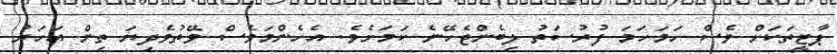
ޕާޓީތަކަށް ވެސް ހަމަހަމަ ފުރުސަތު ލިބެންޖެހޭނެ ކަމަށެވެ. އެހެންމަވެސް ވޭތުވެދިޔަ ތިން އަހަރު